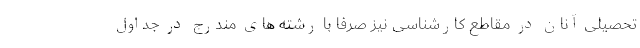
تحصیلی آنان در مقاطع کارشناسی نیز صرفاً با رشته های مندرج در جداول